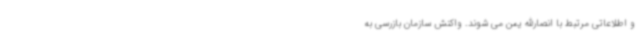
و اطلاعاتی مرتبط با انصارالله یمن می شوند. واکنش سازمان بازرسی به